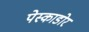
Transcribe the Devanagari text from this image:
पेस्काडोर